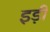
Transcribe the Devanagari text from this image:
इड़ी